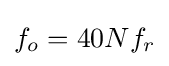
f_{o}=40Nf_{r}